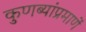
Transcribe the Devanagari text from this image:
कुणब्यांप्रमाणें